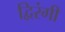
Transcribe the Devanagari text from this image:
द्विरंगी